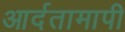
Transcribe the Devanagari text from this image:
आर्दतामापी